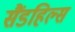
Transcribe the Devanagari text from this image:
सैंडहिल्स